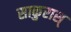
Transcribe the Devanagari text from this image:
साकुरास्